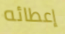
إعطائه